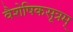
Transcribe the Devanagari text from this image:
वैशेषिकसूत्रम्